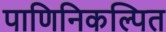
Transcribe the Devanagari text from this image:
पाणिनिकल्पित